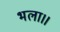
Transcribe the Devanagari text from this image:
भला।।